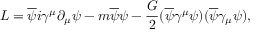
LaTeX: { \cal L } = \overline { { { \psi } } } i \gamma ^ { \mu } \partial _ { \mu } \psi - m \overline { { { \psi } } } \psi - \frac { G } { 2 } ( \overline { { { \psi } } } \gamma ^ { \mu } \psi ) ( \overline { { { \psi } } } \gamma _ { \mu } \psi ) ,